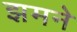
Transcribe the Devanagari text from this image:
झमने